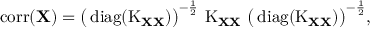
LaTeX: \operatorname { c o r r } ( \mathbf { X } ) = { \big ( } \operatorname { d i a g } ( \operatorname { K } _ { \mathbf { X } \mathbf { X } } ) { \big ) } ^ { - { \frac { 1 } { 2 } } } \, \operatorname { K } _ { \mathbf { X } \mathbf { X } } \, { \big ( } \operatorname { d i a g } ( \operatorname { K } _ { \mathbf { X } \mathbf { X } } ) { \big ) } ^ { - { \frac { 1 } { 2 } } } ,